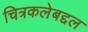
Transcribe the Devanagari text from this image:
चित्रकलेबद्दल